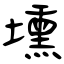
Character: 壎